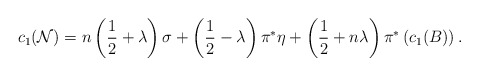
\begin{align*}c_1({\cal N}) = n\left({1\over 2} + \lambda\right)\sigma +\left({1\over 2} - \lambda\right)\pi^*\eta +\left({1\over 2} + n\lambda\right)\pi^*\left(c_1(B)\right).\end{align*}